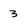
Character: 3